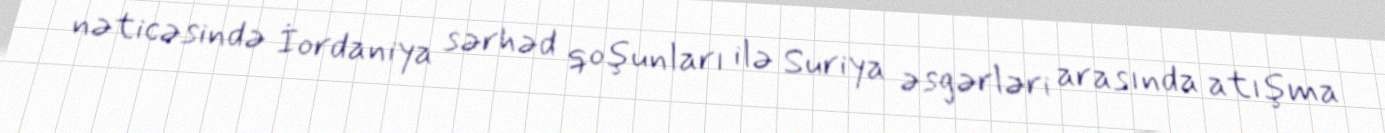
nəticəsində İordaniya sərhəd qoşunları ilə Suriya əsgərləri arasında atışma